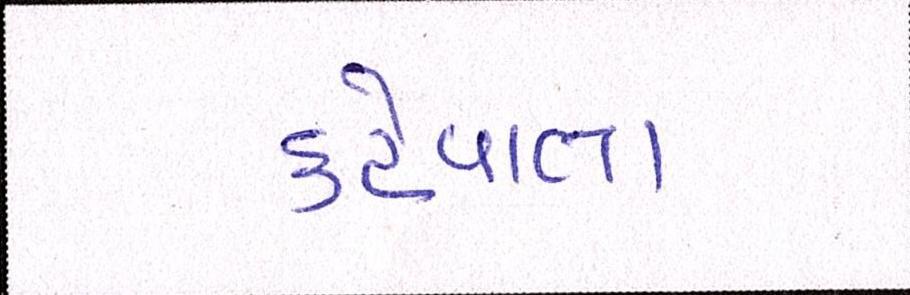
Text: કહેવાતા